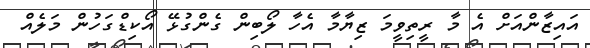
އައިޒާންއަށް އެ މާ ރީތިވީމަ ޒިޔާމާ އެހާ ލޯބިން ގެންގުޅޭ އޯކިޑްގަހުން މަލެއް